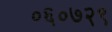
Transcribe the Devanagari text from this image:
०६०७२९